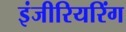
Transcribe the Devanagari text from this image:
इंजीरियरिंग